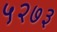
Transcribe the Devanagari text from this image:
५२७३